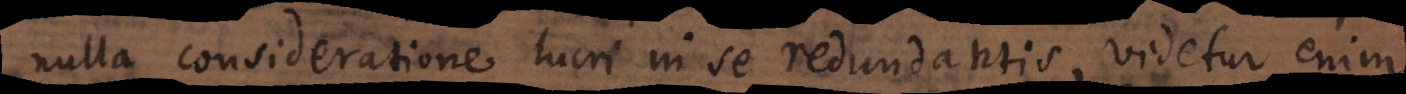
nulla consideratione lucri in se redundantis, videtur enim